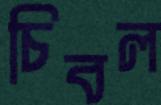
চিবল